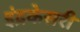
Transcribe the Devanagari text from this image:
इंद्रकेसरी